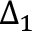
\Delta _ { 1 }